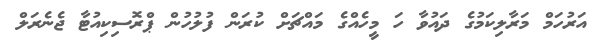
އަރުހަމް މަރާލިކަމުގެ ދައުވާ ހަ މީހެއްގެ މައްޗަށް ކުރަން ފުލުހުން ޕްރޮސިކިއުޓާ ޖެނެރަލް